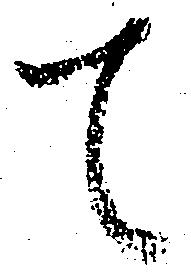
て